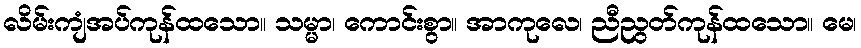
လိမ်းကျံအပ်ကုန်ထသော။ သမ္မာ၊ ကောင်းစွာ။ အာကုလေ၊ ညီညွတ်ကုန်ထသော။ မေ၊